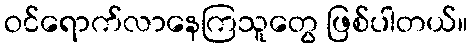
ဝင်ရောက်လာနေကြသူတွေ ဖြစ်ပါတယ်။